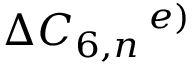
\Delta C _ { 6 , n } \, ^ { e ) }